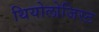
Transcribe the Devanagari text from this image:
थियोलोजिस्ट